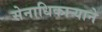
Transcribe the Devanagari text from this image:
सेनाधिकार्‍याने